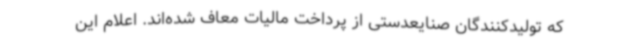
که تولیدکنندگان صنایعدستی از پرداخت مالیات معاف شده‌اند. اعلام این